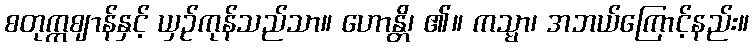
စတုက္ကဈာန်နှင့် ယှဉ်ကုန်သည်သာ။ ဟောန္တိ၊ ၏။ ကသ္မာ၊ အဘယ်ကြောင့်နည်း။